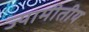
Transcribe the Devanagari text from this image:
ज्यामीतीय